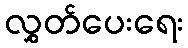
လွှတ်ပေးရေး